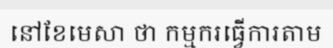
នៅខែមេសា ថា កម្មករធ្វើការតាម